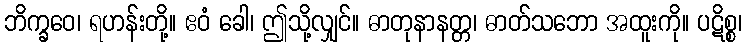
ဘိက္ခဝေ၊ ရဟန်းတို့။ ဧဝံ ခေါ၊ ဤသို့လျှင်။ ဓာတုနာနတ္တ၊ ဓာတ်သဘော အထူးကို။ ပဋိစ္စ၊